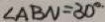
\angle A B N = 3 0 ^ { \circ }